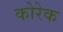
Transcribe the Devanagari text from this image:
कोरेक